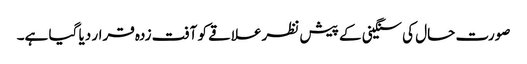
صورت حال کی سنگینی کے پیش نظرعلاقے کو آفت زدہ قرار دیا گیا ہے۔